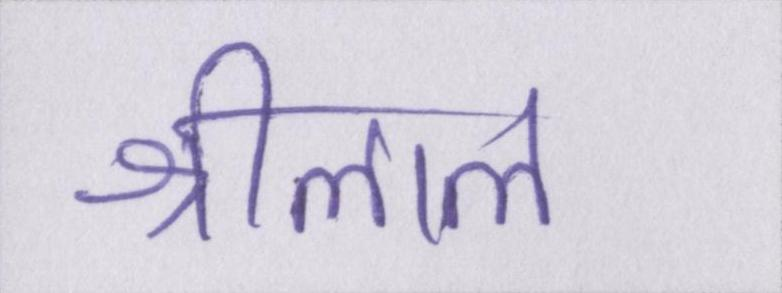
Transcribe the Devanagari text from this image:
श्रीलाल